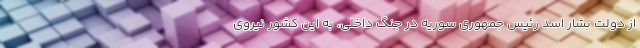
از دولت بشار اسد رئیس جمهوری سوریه در جنگ داخلی، به این کشور نیروی